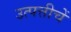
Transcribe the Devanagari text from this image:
उत्पत्तीचें